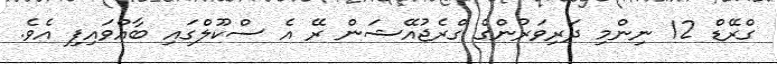
ގްރޭޑް 12 ނިންމި ދަރިވަރުންގެ ގްރެޖުއޭޝަން ރޭ އެ ސްކޫލްގައި ބާއްވައިފި އެވެ.